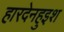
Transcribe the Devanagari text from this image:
हारदेनहुइश